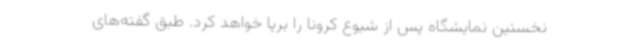
نخستین نمایشگاه پس از شیوع کرونا را برپا خواهد کرد. طبق گفته‌های